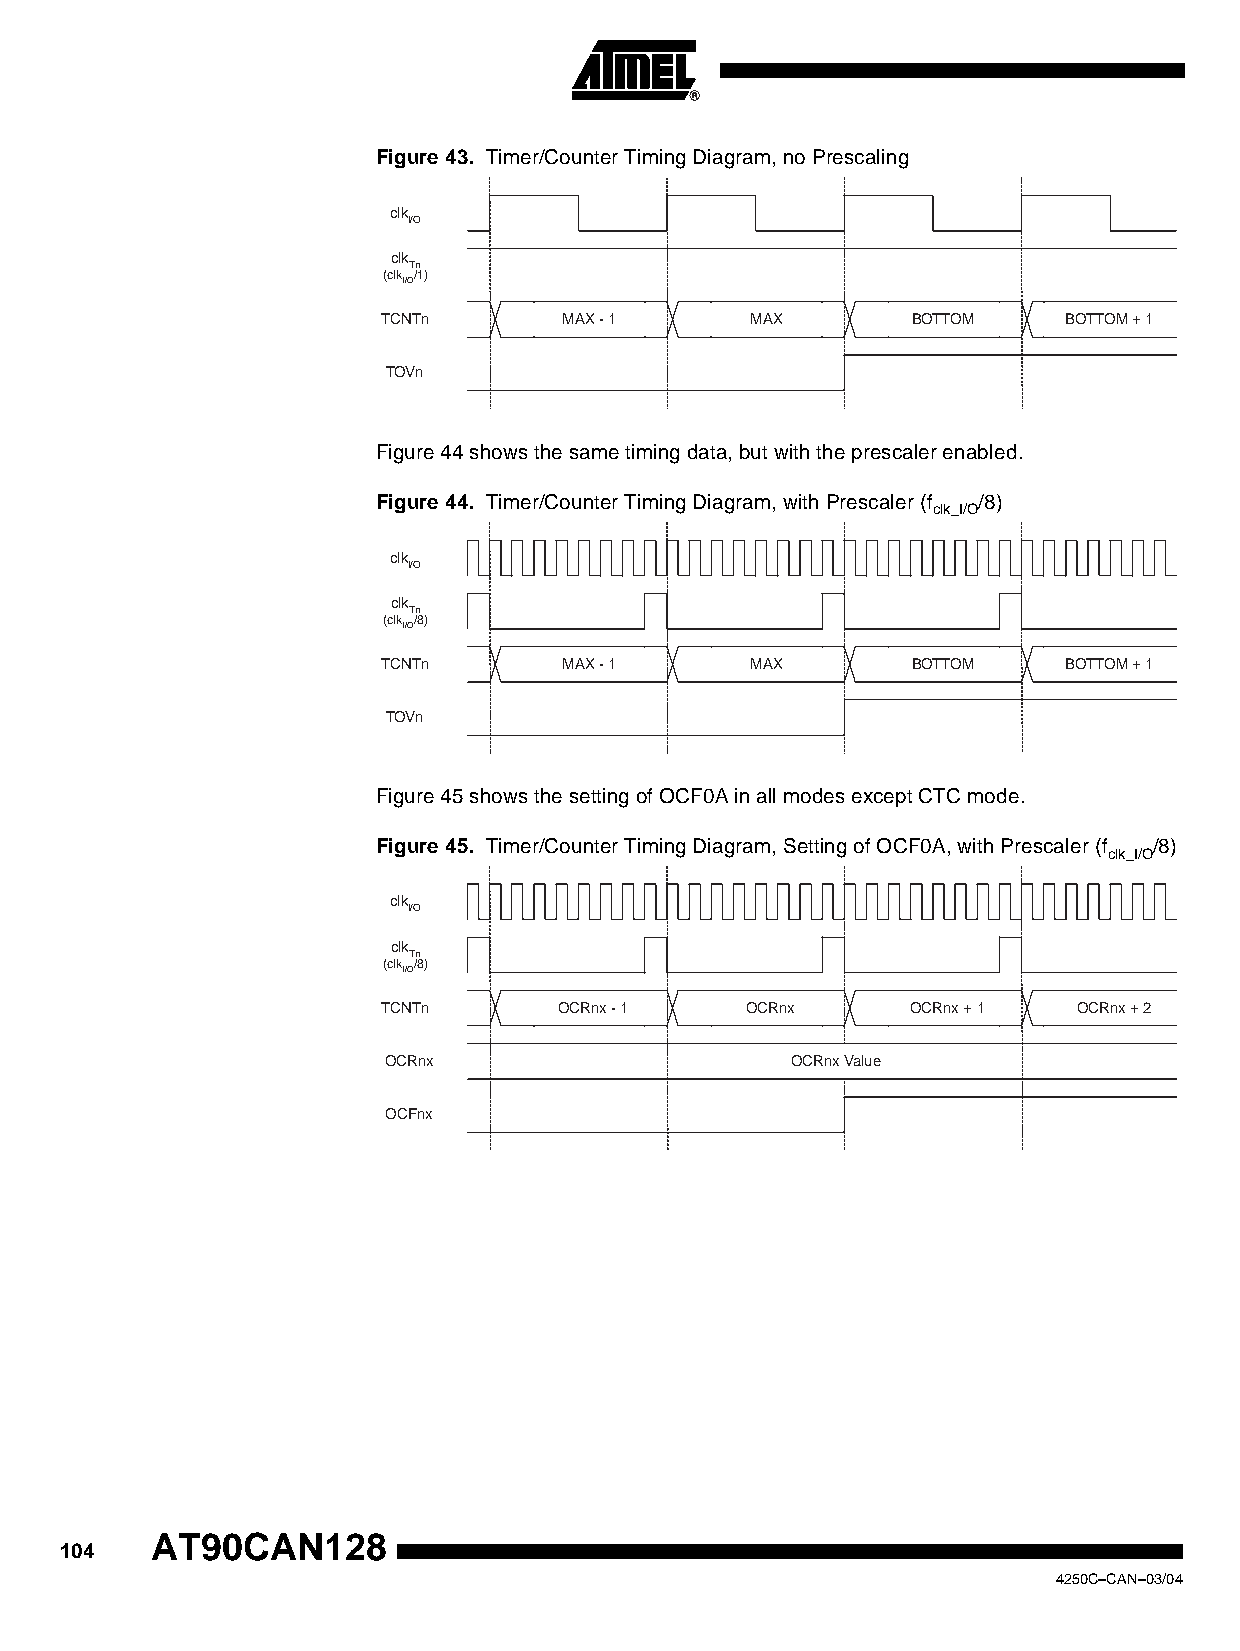
Figure 43. Timer/Counter Timing Diagram, no Prescaling
 clk
 I/O
 clk
 Tn
 (clk /1)
 I/O
 TCNTn       MAX - 1      MAX       BOTTOM    BOTTOM + 1
 TOVn
 Figure 44 shows the same timing data, but with the prescaler enabled.
 Figure 44. Timer/Counter Timing Diagram, with Prescaler (f /8)
 clk_I/O
 clk
 I/O
 clk
 Tn
 (clk /8)
 I/O
 TCNTn       MAX - 1      MAX       BOTTOM    BOTTOM + 1
 TOVn
 Figure 45 shows the setting of OCF0A in all modes except CTC mode.
 Figure 45. Timer/Counter Timing Diagram, Setting of OCF0A, with Prescaler (f /8)
 clk_I/O
 clk
 I/O
 clk
 Tn
 (clk /8)
 I/O
 TCNTn       OCRnx - 1   OCRnx      OCRnx + 1  OCRnx + 2
 OCRnx                      OCRnx Value
 OCFnx
 AT90CAN128
 104
 4250C–CAN–03/04